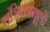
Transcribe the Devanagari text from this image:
तंत्रिकामूलों